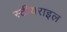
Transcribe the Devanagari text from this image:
स्टीयराइल